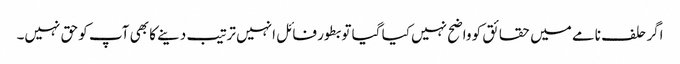
اگر حلف نامے میں حقائق کو واضح نہیں کیا گیا تو بطور فائل انہیں ترتیب دینے کا بھی آپ کو حق نہیں۔